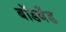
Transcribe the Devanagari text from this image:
बॉडबैंड